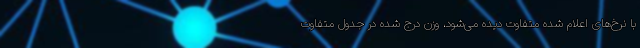
با نرخ‌های اعلام شده متفاوت دیده می‌شود، وزن درج شده در جدول متفاوت